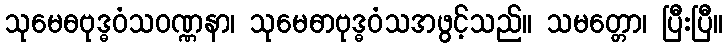
သုမေဓဗုဒ္ဓဝံသဝဏ္ဏနာ၊ သုမေဓာဗုဒ္ဓဝံသအဖွင့်သည်။ သမတ္တော၊ ပြီးပြီ။